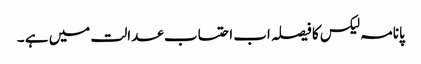
پانامہ لیکس کا فیصلہ اب احتساب عدالت میں ہے ۔